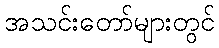
အသင်းတော်များတွင်